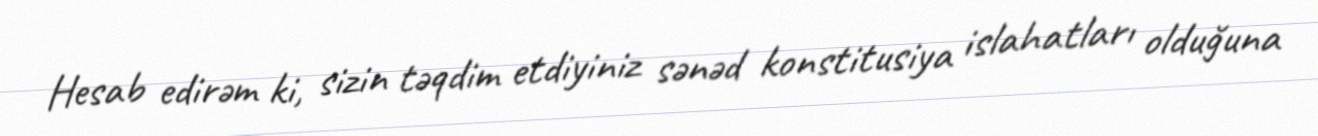
Hesab edirəm ki, sizin təqdim etdiyiniz sənəd konstitusiya islahatları olduğuna